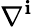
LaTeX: \nabla^{\mathbf{i}}